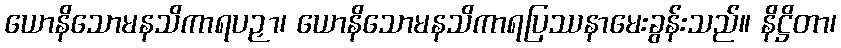
ယောနိသောမနသိကာရပဉှာ၊ ယောနိသောမနသိကာရပြဿနာမေးခွန်းသည်။ နိဋ္ဌိတာ၊